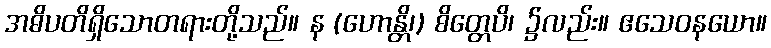
အဓိပတိရှိသောတရားတို့သည်။ န (ဟောန္တိ၊) စိတ္တေပိ၊ ၌လည်း။ ဧသေဝနယော။